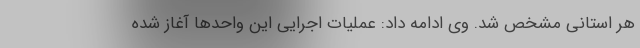
هر استانی مشخص شد. وی ادامه داد: عملیات اجرایی این واحدها آغاز شده